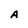
Character: A